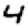
Digit: 4